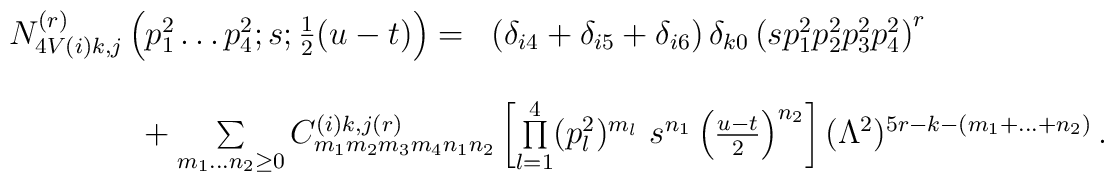
\begin{array}{ll}N^{(r)}_{4V(i)k,j} \left(p^{2}_{1} \ldots p^{2}_{4}; s; \frac{1}{2}(u-t) \right) = & \left( \delta_{i4} + \delta_{i5} + \delta_{i6} \right)\delta_{k0} \left( s p^{2}_{1} p^{2}_{2} p^{2}_{3} p^{2}_{4}\right)^{r}\\[3ex]\mbox{} & {\hspace{-4.5cm}}+ \sum \limits_{m_{1}\ldots n_{2} \ge 0}C^{(i)k,j(r)}_{m_{1}m_{2} m_{3} m_{4} n_{1} n_{2}} \left[ \prod \limits^{4}_{l=1}(p^{2}_{l})^{m_{l}} \, \, s^{n_{1}} \left( \frac{u-t}{2} \right)^{n_{2}}\right] (\Lambda^{2})^{5r-k-(m_{1}+ \ldots + n_{2})} \, .\end{array}